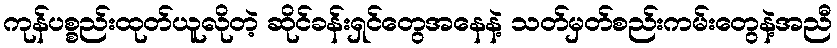
ကုန်ပစ္စည်းထုတ်ယူလိုတဲ့ ဆိုင်ခန်းရှင်တွေအနေနဲ့ သတ်မှတ်စည်းကမ်းတွေနဲ့အညီ